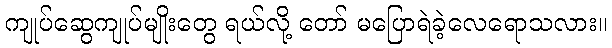
ကျုပ်ဆွေကျုပ်မျိုးတွေ ရယ်လို့ တော် မပြောရဲခဲ့လေရောသလား။